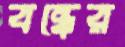
বন্ধের